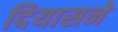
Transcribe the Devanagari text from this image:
दियासने